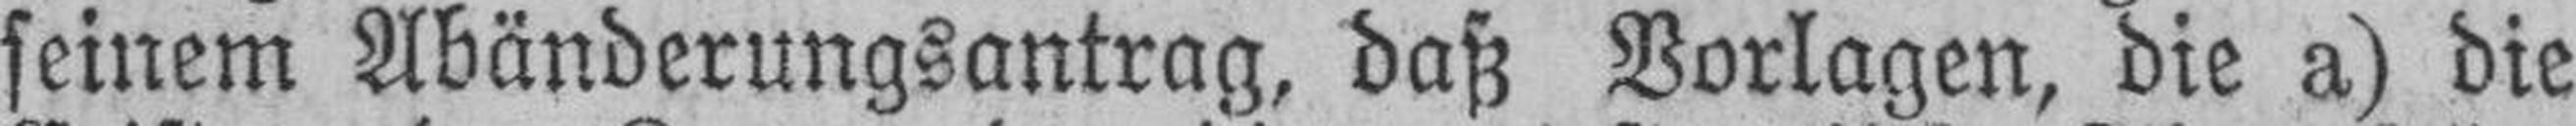
seinem Abänderungsantrag, baß Vorlagen, die a) die